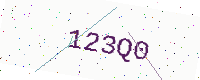
Text: 123Q0